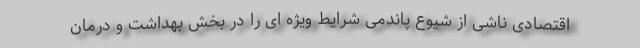
اقتصادی ناشی از شیوع پاندمی شرایط ویژه ای را در بخش بهداشت و درمان